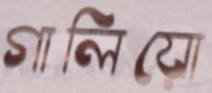
গালিয়ো